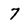
Character: 7